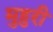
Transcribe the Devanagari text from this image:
मुहुरी